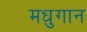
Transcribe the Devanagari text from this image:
मधुगान